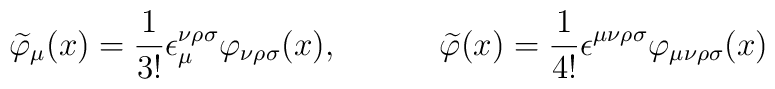
\widetilde{\varphi }_\mu (x)=\frac 1{3!}\epsilon _\mu ^{\nu \rho \sigma}\varphi _{\nu \rho \sigma }(x),\hspace{0.5in}\widetilde{\varphi }(x)=\frac1{4!}\epsilon ^{\mu \nu \rho \sigma }\varphi _{\mu \nu \rho \sigma }(x)